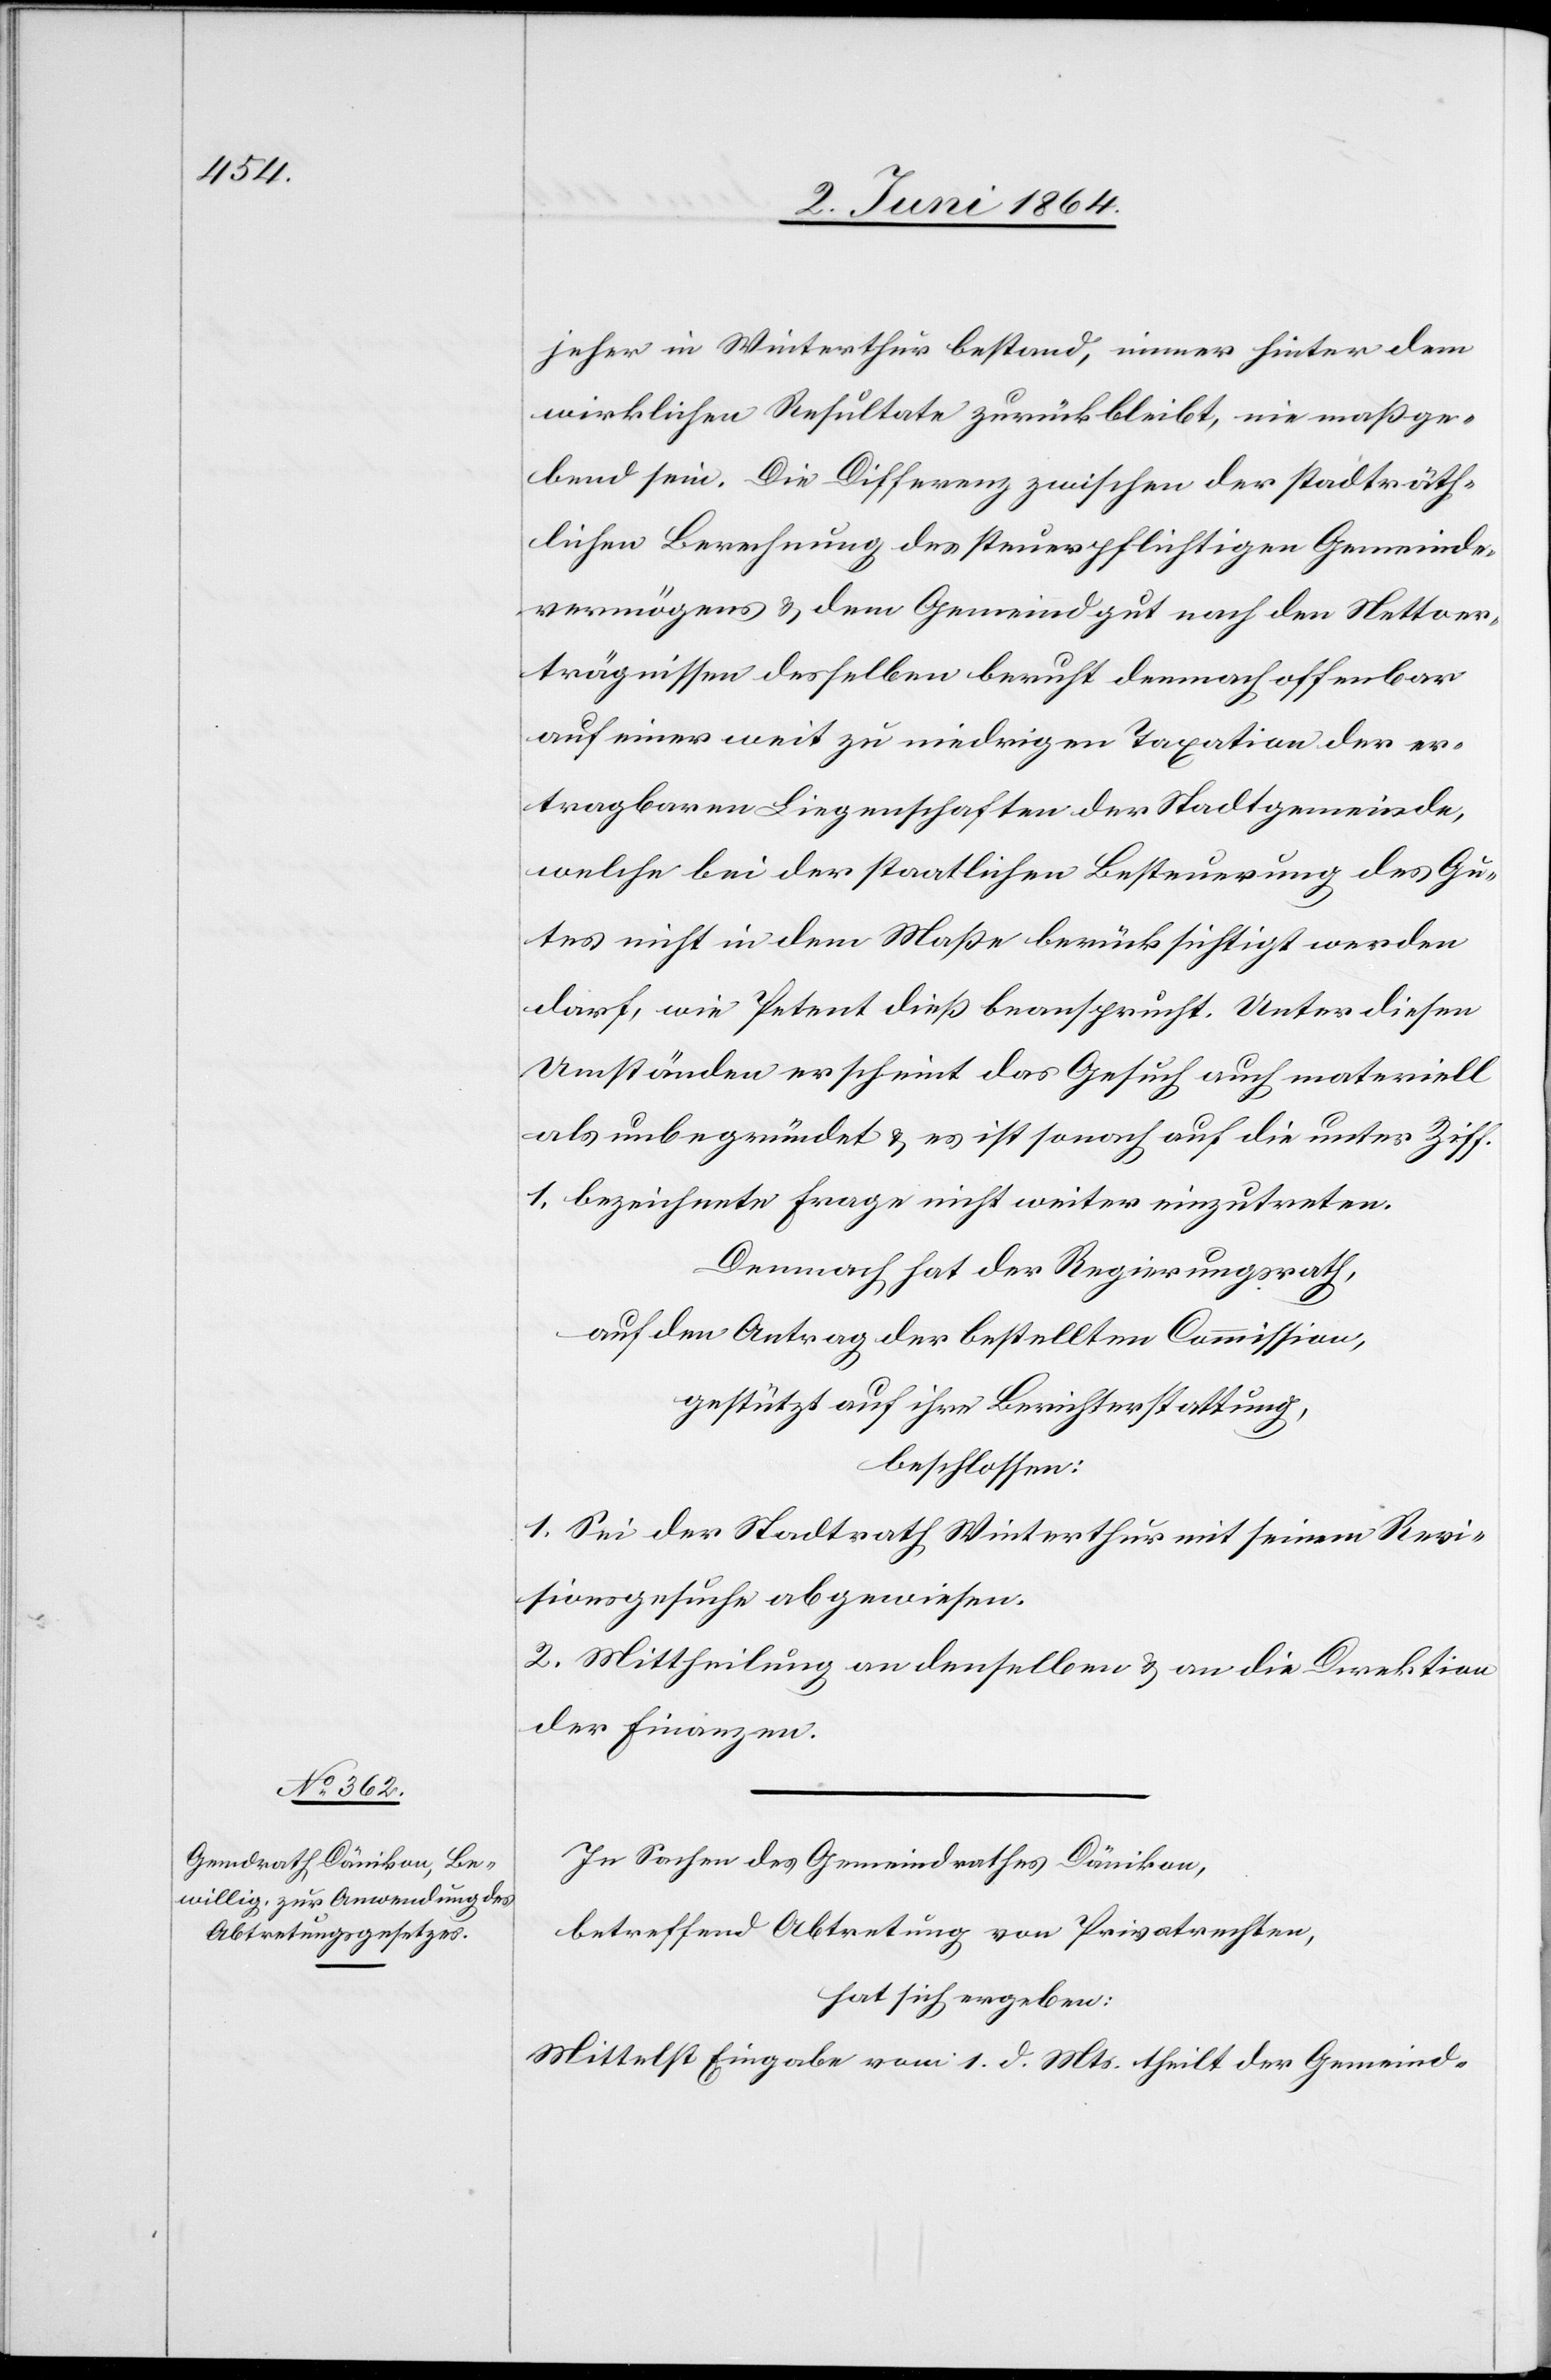
jeher in Winterthur bestand, immer hinter dem
wirklichen Resultate zurückbleibt, nie maßge¬
bend sein. Die Differenz zwischen der stadträth¬
lichen Berechnung des steuerpflichtigen Gemeinde¬
vermögens u. dem Gemeindgut nach den Nettoer¬
trägnissen desselben beruht demnach offenbar
auf einer weit zu niedrigen Taxation der er¬
tragbaren Liegenschaften der Stadtgemeinde,
welche bei der staatlichen Besteuerung des Gu¬
tes nicht in dem Maße berücksichtigt werden
darf, wie Petent dieß beansprucht. Unter diesen
Umständen erscheint das Gesuch auch materiell
als unbegründet u. es ist sonach auf die unter Ziff.
1. bezeichnete Frage nicht weiter einzutreten.
Demnach hat der Regierungsrath,
auf den Antrag der bestellten Commission,
gestützt auf ihre Berichterstattung,
beschlossen:
1. Sei der Stadtrath Winterthur mit seinem Revi¬
sionsgesuche abgewiesen.
2. Mittheilung an denselben u. an die Direktion
der Finanzen.
In Sachen des Gemeindrathes Dänikon,
betreffend Abtretung von Privatrechten,
hat sich ergeben:
Mittelst Eingabe vom 1. d. Mts. theilt der Gemeind-